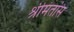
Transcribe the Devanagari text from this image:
श्रीमंतांस